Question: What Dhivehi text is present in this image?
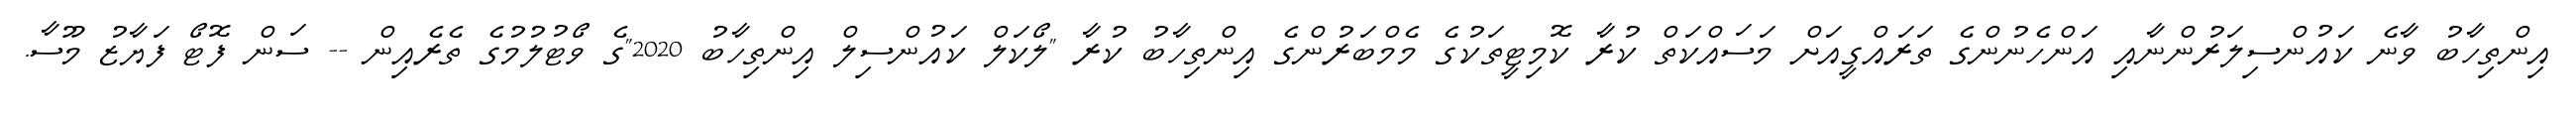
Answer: އިންތިހާބު ވާނެ ކައުންސިލަރުންނާއި އަންހެނުންގެ ތަރައްގީއަށް މަސައްކަތް ކުރާ ކޮމިޓީތަކުގެ މެމްބަރުންގެ އިންތިހާބު ކުރާ "ލޯކަލް ކައުންސިލް އިންތިހާބު 2020"ގެ ވޯޓުލުމުގެ ތެރެއިން -- ސަން ފޮޓޯ ފަޔާޒު މޫސާ.